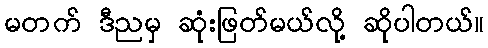
မတက် ဒီညမှ ဆုံးဖြတ်မယ်လို့ ဆိုပါတယ်။